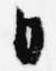
日